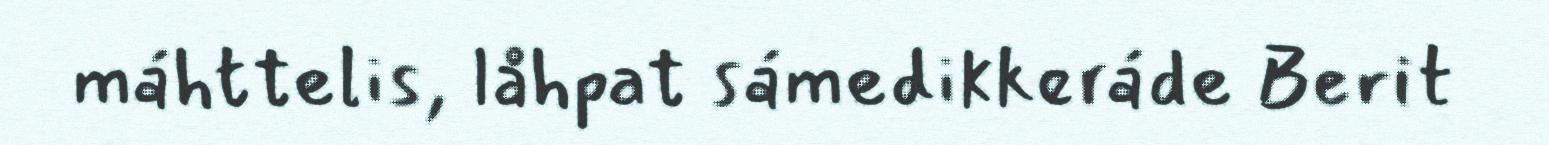
máhttelis, låhpat sámedikkeráde Berit